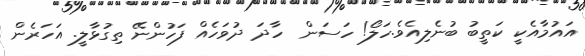
އައުމާއެކީ ކަތީބު ބުނެލިއެވެ.ހަލޯ! ހަސަން  ހާދަ ދުވަހެއް ފަހުންނޭ ތިގުޅާލީ. އަހަރެން